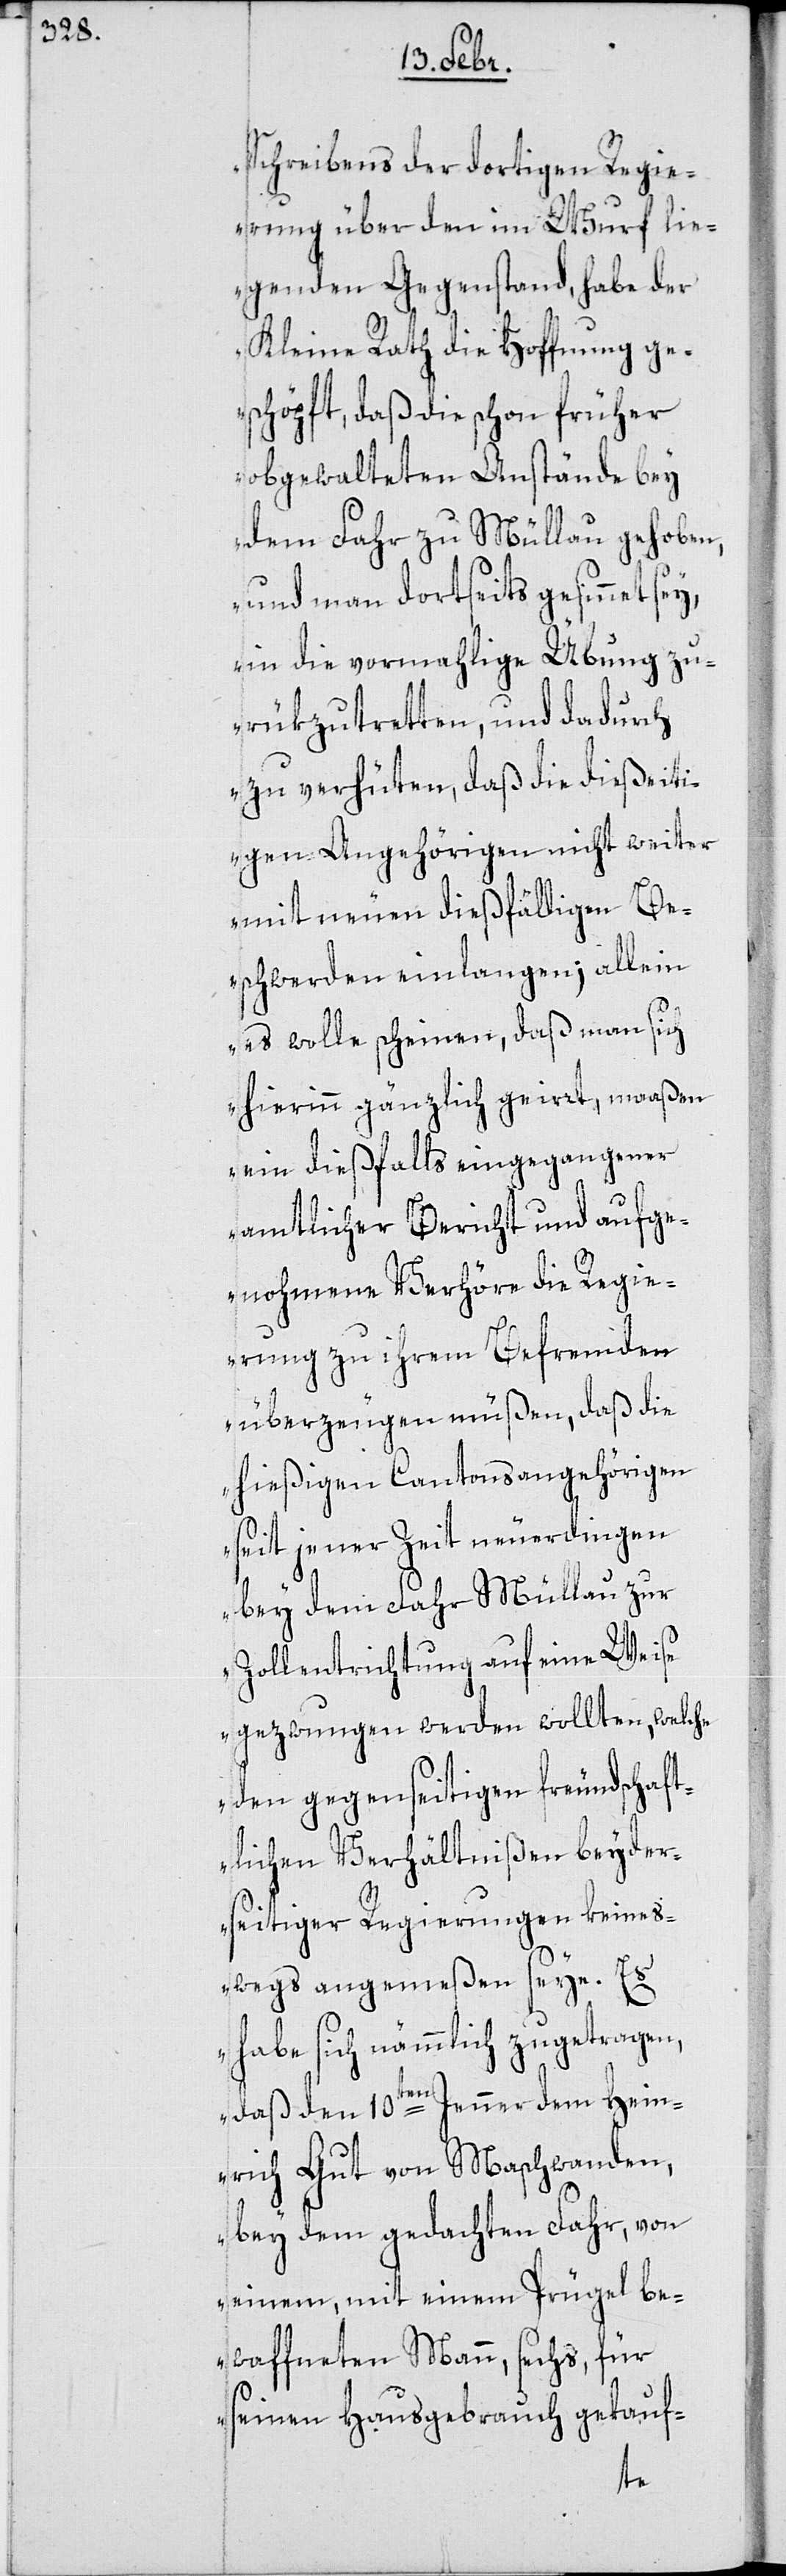
Schreibens der dortigen Regie¬
rung über den im Wurf lie¬
genden Gegenstand, habe der
Kleine Rath die Hoffnung ge¬
schöpft, daß die schon früher
obgewalteten Anstände bey
dem Fahr zu Müllau gehoben,
und man dortseits gesinnet
in die vormahlige Übung zu¬
rükzutretten, und dadurch
zu verhüten, daß die dießeiti¬
gen Angehörigen nicht weiter
mit neuen dießfälligen Be¬
schwerden einlangen; allein
es wolle scheinen, daß man sich
hierinn gänzlich geirrt, maaßen
ein dießfalls eingegangener
amtlicher Bericht und aufge¬
nohmene Verhöre die Regie¬
rung zu ihrem Befremden
überzeugen müße, daß die
hießigen Cantonsangehörigen
seit jener Zeit neuerdingen
bey dem Fahr Müllau zur
Zollentrichtung auf eine Weise
gezwungen werden wollten, welche
den gegenseitigen freundschaft¬
lichen Verhältnißen beyder¬
seitiger Regierungen keines¬
wegs angemeßen seye. Es
habe sich nämmlich zugetragen,
daß den 10ten Jenner dem Hein¬
rich Gut von Maschwanden,
bey dem gedachten Fahr, von
einem, mit einem Prügel be¬
waffneten Mann, sechs, für
seinen Hausgebrauch gekauf-